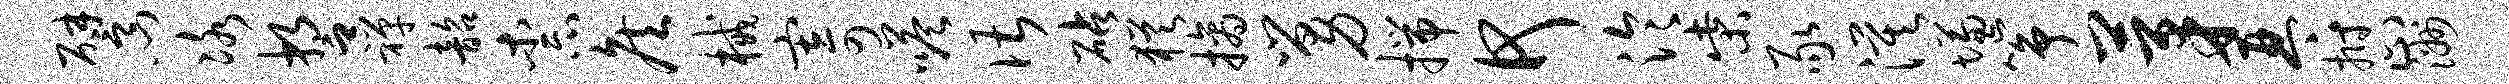
譬门冰誓禅韶柰侯械寄嗒谌砧犹摘舅揣何泠柴豕漠慊筝茅琴拊止洲